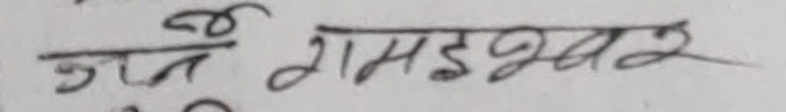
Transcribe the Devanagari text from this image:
नै रामइश्वर